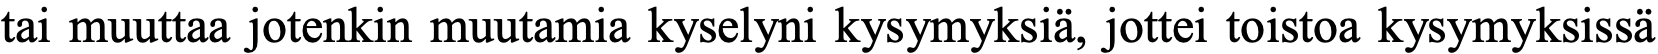
tai muuttaa jotenkin muutamia kyselyni kysymyksiä, jottei toistoa kysymyksissä